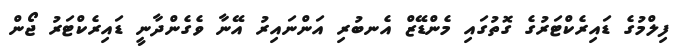
ފިލްމުގެ ޑައިރެކްޓަރުގެ ގޮތުގައި މެންޑޭޒް އެނބުރި އަންނައިރު އޭނާ ވެގެންދާނީ ޑައިރެކްޓަރު ޖޯން